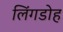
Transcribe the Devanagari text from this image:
लिंगडोह